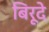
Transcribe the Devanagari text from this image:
बिरूदे